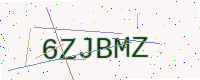
Text: 6ZJBMZ